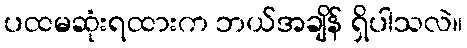
ပထမဆုံးရထားက ဘယ်အချိန် ရှိပါသလဲ။